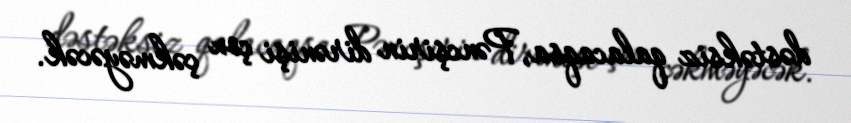
dəstəksiz qalacaqsa, Pəncşirin dirənişi çox çəkməyəcək.